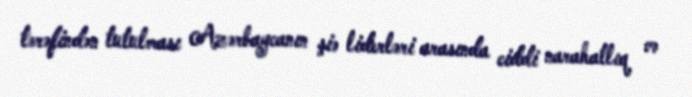
tərəfindən tutulması Azərbaycanın şiə liderləri arasında ciddi narahatlıq və